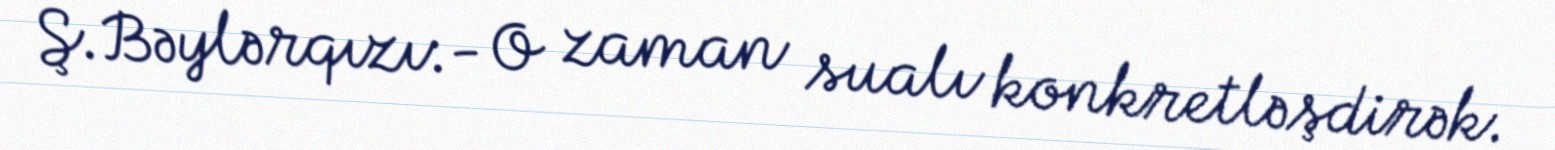
Ş.Bəylərqızı:- O zaman sualı konkretləşdirək.